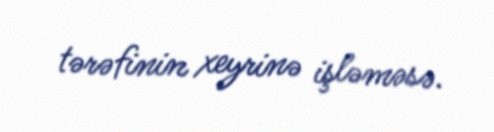
tərəfinin xeyrinə işləməsə.